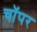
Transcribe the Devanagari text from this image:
चॉपर